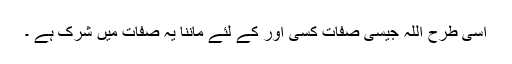
اسی طرح اللّٰہ جیسی صفات کسی اور کے لئے ماننا یہ صفات میں شرک ہے ۔